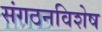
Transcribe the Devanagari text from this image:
संगठनविशेष